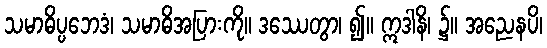
သမာဓိပ္ပဘေဒံ၊ သမာဓိအပြားကို။ ဒဿေတွာ၊ ၍။ ဣဒါနိ၊ ၌။ အညေနပိ၊